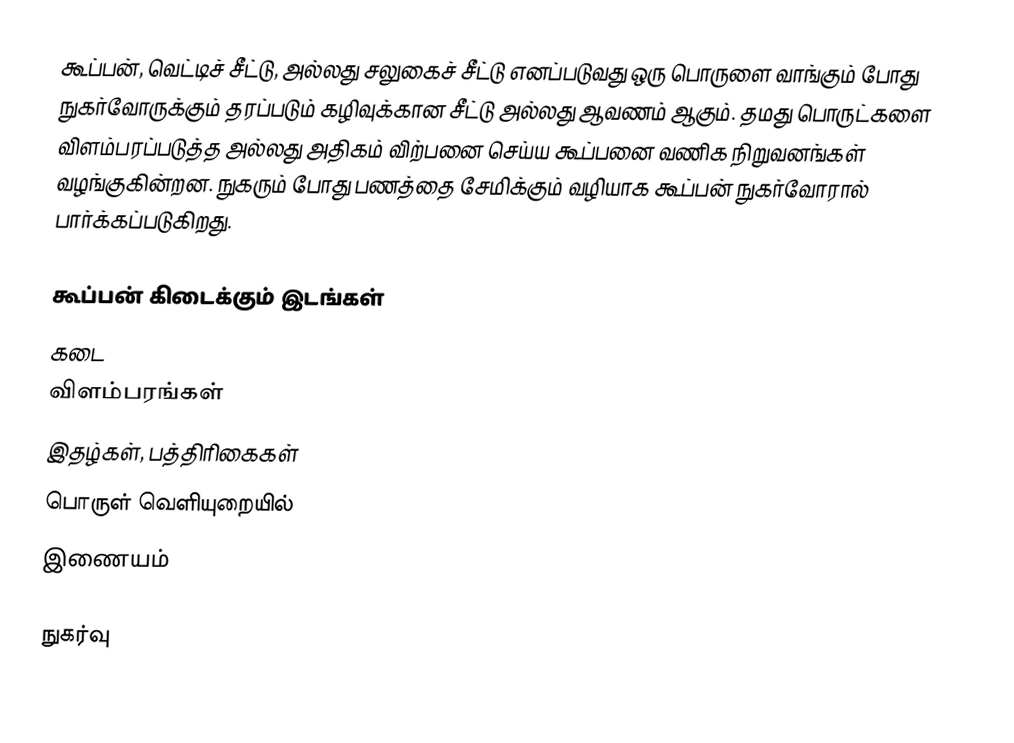
கூப்பன், வெட்டிச் சீட்டு, அல்லது சலுகைச் சீட்டு எனப்படுவது ஒரு பொருளை வாங்கும் போது நுகர்வோருக்கும் தரப்படும் கழிவுக்கான சீட்டு அல்லது ஆவணம் ஆகும்.  தமது பொருட்களை விளம்பரப்படுத்த அல்லது அதிகம் விற்பனை செய்ய கூப்பனை வணிக நிறுவனங்கள் வழங்குகின்றன.  நுகரும் போது பணத்தை சேமிக்கும் வழியாக கூப்பன் நுகர்வோரால் பார்க்கப்படுகிறது.

கூப்பன் கிடைக்கும் இடங்கள்
 கடை
 விளம்பரங்கள்
 இதழ்கள், பத்திரிகைகள்
 பொருள் வெளியுறையில்
 இணையம்

நுகர்வு